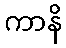
ကာနိ